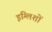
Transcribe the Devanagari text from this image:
इंग्लिशों